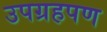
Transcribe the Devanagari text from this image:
उपग्रहपण